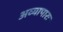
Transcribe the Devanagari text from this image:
अव्यापारः